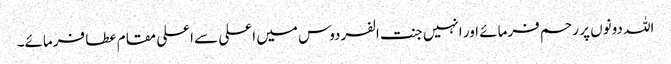
اللہ دونوں پر رحم فرمائے اور انہیں جنت الفردوس میں اعلی سے اعلی مقام عطا فرمائے۔